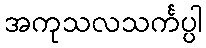
အကုသလသင်္ကပ္ပါ